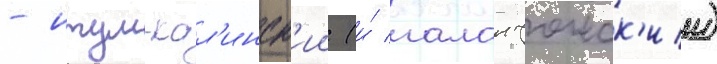
- итум-кал'инск'ии (и́ галанчожск'ии)